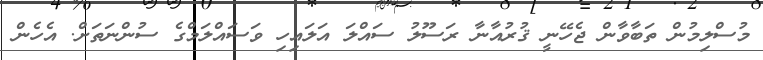
މުސްލިމުން ތަބާވާން ޖެހޭނީ ޤުރުއާނާ ރަސޫލު ސައްލަ އަލައިހި ވަސައްލަމްގެ ސުންނަތަށް. އެހެން